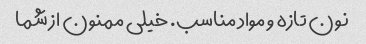
نون تازه و مواد مناسب. خیلی ممنون از شما